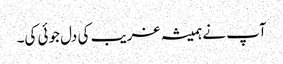
آپ نے ہمیشہ غریب کی دل جوئی کی۔